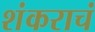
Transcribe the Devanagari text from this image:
शंकराचं